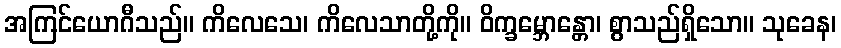
အကြင်ယောဂီသည်။ ကိလေသေ၊ ကိလေသာတို့ကို။ ဝိက္ခမ္ဘောန္တော၊ စွာသည်ရှိသော။ သုခေန၊